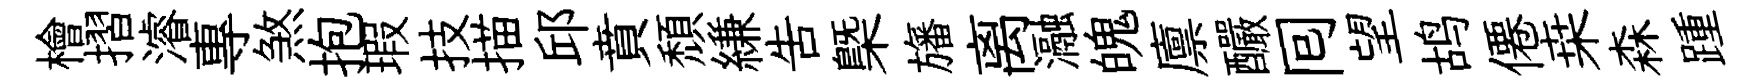
檜摺濬專煞抱瑕技描邱賁頽縑告㮣旛离瀜魄廪釅囘望鸪僊桒森踵